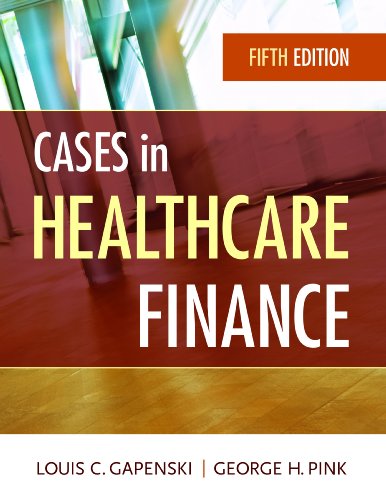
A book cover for Cases in Healthcare Finance, Fifth Edition; Louis C. Gapenski; Medical Books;